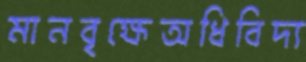
মানবৃক্ষেঅধিবিদ্য